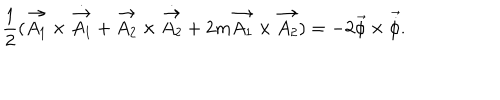
LaTeX: \frac { 1 } { 2 } ( \vec { A _ { 1 } } \times { \dot { \vec { A _ { 1 } } } } + \vec { A _ { 2 } } \times \dot { \vec { A _ { 2 } } } + 2 m \vec { A _ { 1 } } \times \vec { A _ { 2 } } ) = - 2 \vec { \phi } \times { \vec { \dot { \phi } } } .